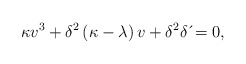
\begin{align*}\kappa v^{3}+\delta^{2}\left( \kappa-\lambda \right) v+\delta^{2}\delta \,\acute{}=0, \end{align*}